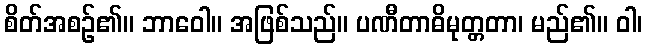
စိတ်အစဉ်၏။ ဘာဝေါ။ အဖြစ်သည်။ ပဏီတာဓိမုတ္တတာ၊ မည်၏။ ဝါ၊